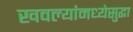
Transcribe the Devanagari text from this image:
खवल्यांमध्येसुद्धा